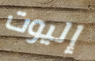
إليوت